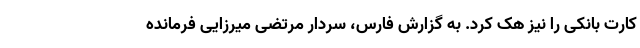
کارت بانکی را نیز هک کرد. به گزارش فارس، سردار مرتضی میرزایی فرمانده